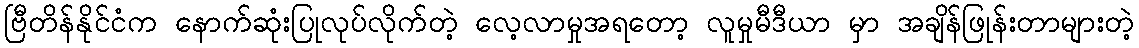
ဗြီတိန်နိုင်ငံက နောက်ဆုံးပြုလုပ်လိုက်တဲ့ လေ့လာမှုအရတော့ လူမှုမီဒီယာ မှာ အချိန်ဖြုန်းတာများတဲ့